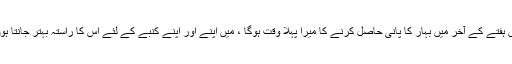
اس ہفتے کے آخر میں بہار کا پانی حاصل کرنے کا میرا پہلا وقت ہوگا ، میں اپنے اور اپنے کنبے کے لئے اس کا راستہ بہتر جانتا ہوں۔